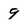
Character: 9